Scottish Leaving Certificate Examination, 1955
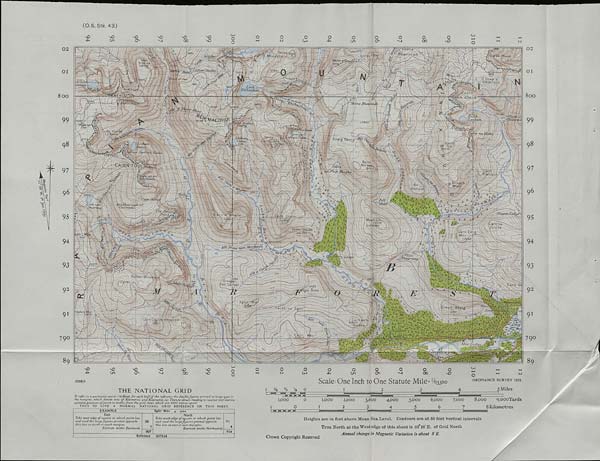
(O.S. Stk. 43)
OJ
nO
sD
VO
VO
vO
4^
On
ON
VO
4^
VJ
00
sO
On
Qv
00
02
02
sse
OI
or
No
'
Loch
Etchac,
8oo
8oo
Bhe
/>,
99
99
■ Jls' or - 4
98
98
cait
5.950
Bhr
97
97
S'?
96
96
S-ft
- ■
BoOv X
95
95
-rW
%
94
94
£IXL Lt'eiis ru
93
93
059'
3oo«
92
92
-•‘-VV- 4
9 1
1Q0 1 »
m
€n
w
89
Oo
Oo
vO
VO
VO
vo
VO
4v
On
Ov
VJ
vC
CN
00
VO
00
Cn
3555/A
THE NATIONAL GRID
1 J/ 4 '/i v 4 0
Scale: One Inch to One Statute Mile=V63360
3
o
~
w
ORDNANCE SURVEY 1951.
Miles
77; refer to a particular pointfl)Read for each half (>f the reference the doublefigures printed in large type in
the margins, which denote tens of Kilometres and Kilometres. (2) Then,to obtain reading to nearest tOO metres,
estimate position of point in tenths from the grid lines, which are IOOO metres apart.
THUS TO GIVE A NORMAL 'NATIONAL GRID REFERENCE ON THIS SHEET.
EXAMPLE
East
Take west edge of square in which point lies
and read the large figures printed opposite
this line on north or south margins.
Estimate tenths Eastwards
Sgor Mdr A 2666
00
007
North
Take south edge of square in which point lies
and read the largefigures printed opposite
this line on east or west margins.
Estimate tenths Northwards
91
914
Reference 007914
1,000
1
0
| H H H H~Fl~
1,000
I
3,000
4,000
5,000
6,ooo
7,000
8,000
g.oooYards
3
4
5
6
7
8 Kilometres
Heights are in feet above Mean Sea Level. Contours are at 50 feet vertical intervals
True North at the West edge of this sheet is 01°28'B. of Grid North
Annual change in Magnetic Variation is about 8’E.
Crown Copyright Reserved